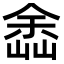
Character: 嵞